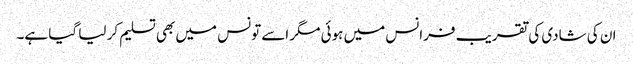
ان کی شادی کی تقریب فرانس میں ہوئی مگر اسے تونس میں بھی تسلیم کر لیا گیا ہے۔